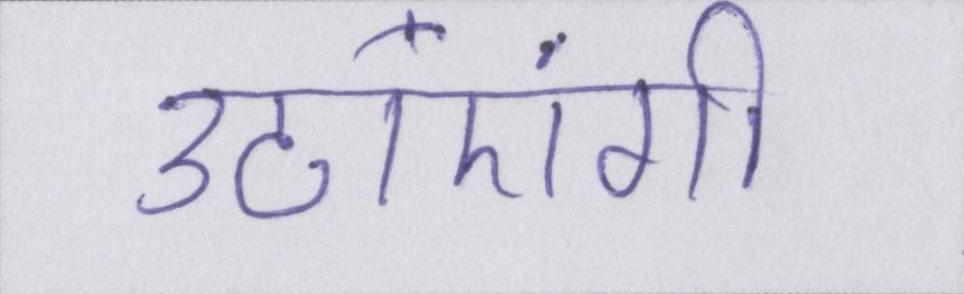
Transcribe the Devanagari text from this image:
उठाएंगी।